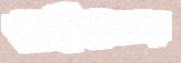
ওইপ্রকার